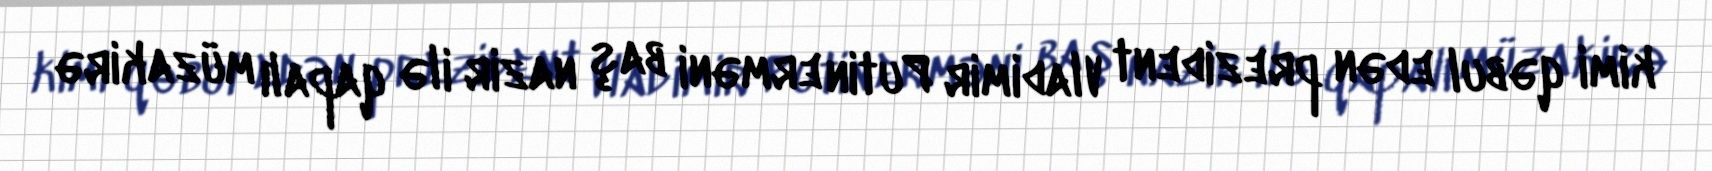
kimi qəbul edən prezident Vladimir Putin erməni baş nazir ilə qapalı müzakirə